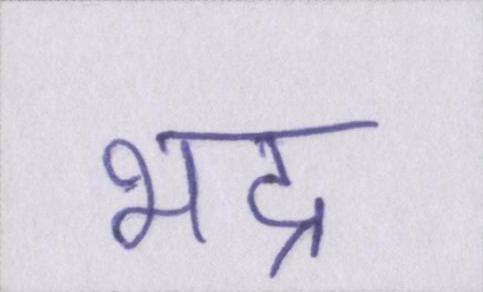
भद्र